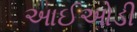
આઈઓડી